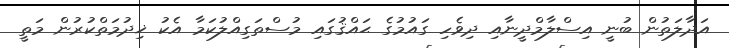
އަދާލަތުން ބުނީ އިސްލާމްދީނާއި ދިވެހި ގައުމުގެ ޙައްޤުގައި މުސްތަގިއްލުކަމާ އެކު ޚިދުމަތްކުރުން މަތީ